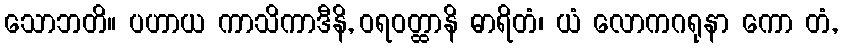
သောဘတိ။ ပဟာယ ကာသိကာဒီနိ, ဝရဝတ္ထာနိ ဓာရိတံ၊ ယံ လောကဂရုနာ ကော တံ,